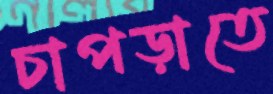
চাপড়াতে